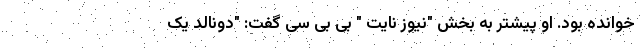
خوانده بود. او پیشتر به بخش "نیوز نایت " بی بی سی گفت: "دونالد یک